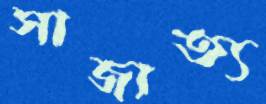
সাজাত্য